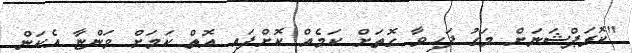
"ކޮރަޕްޝަނަށް މަގު ފަހިވާ ގޮތަށް ކަމެއް ކޮށްފައި އޮތް ކަމަށް ވަންޏާ އެކަން